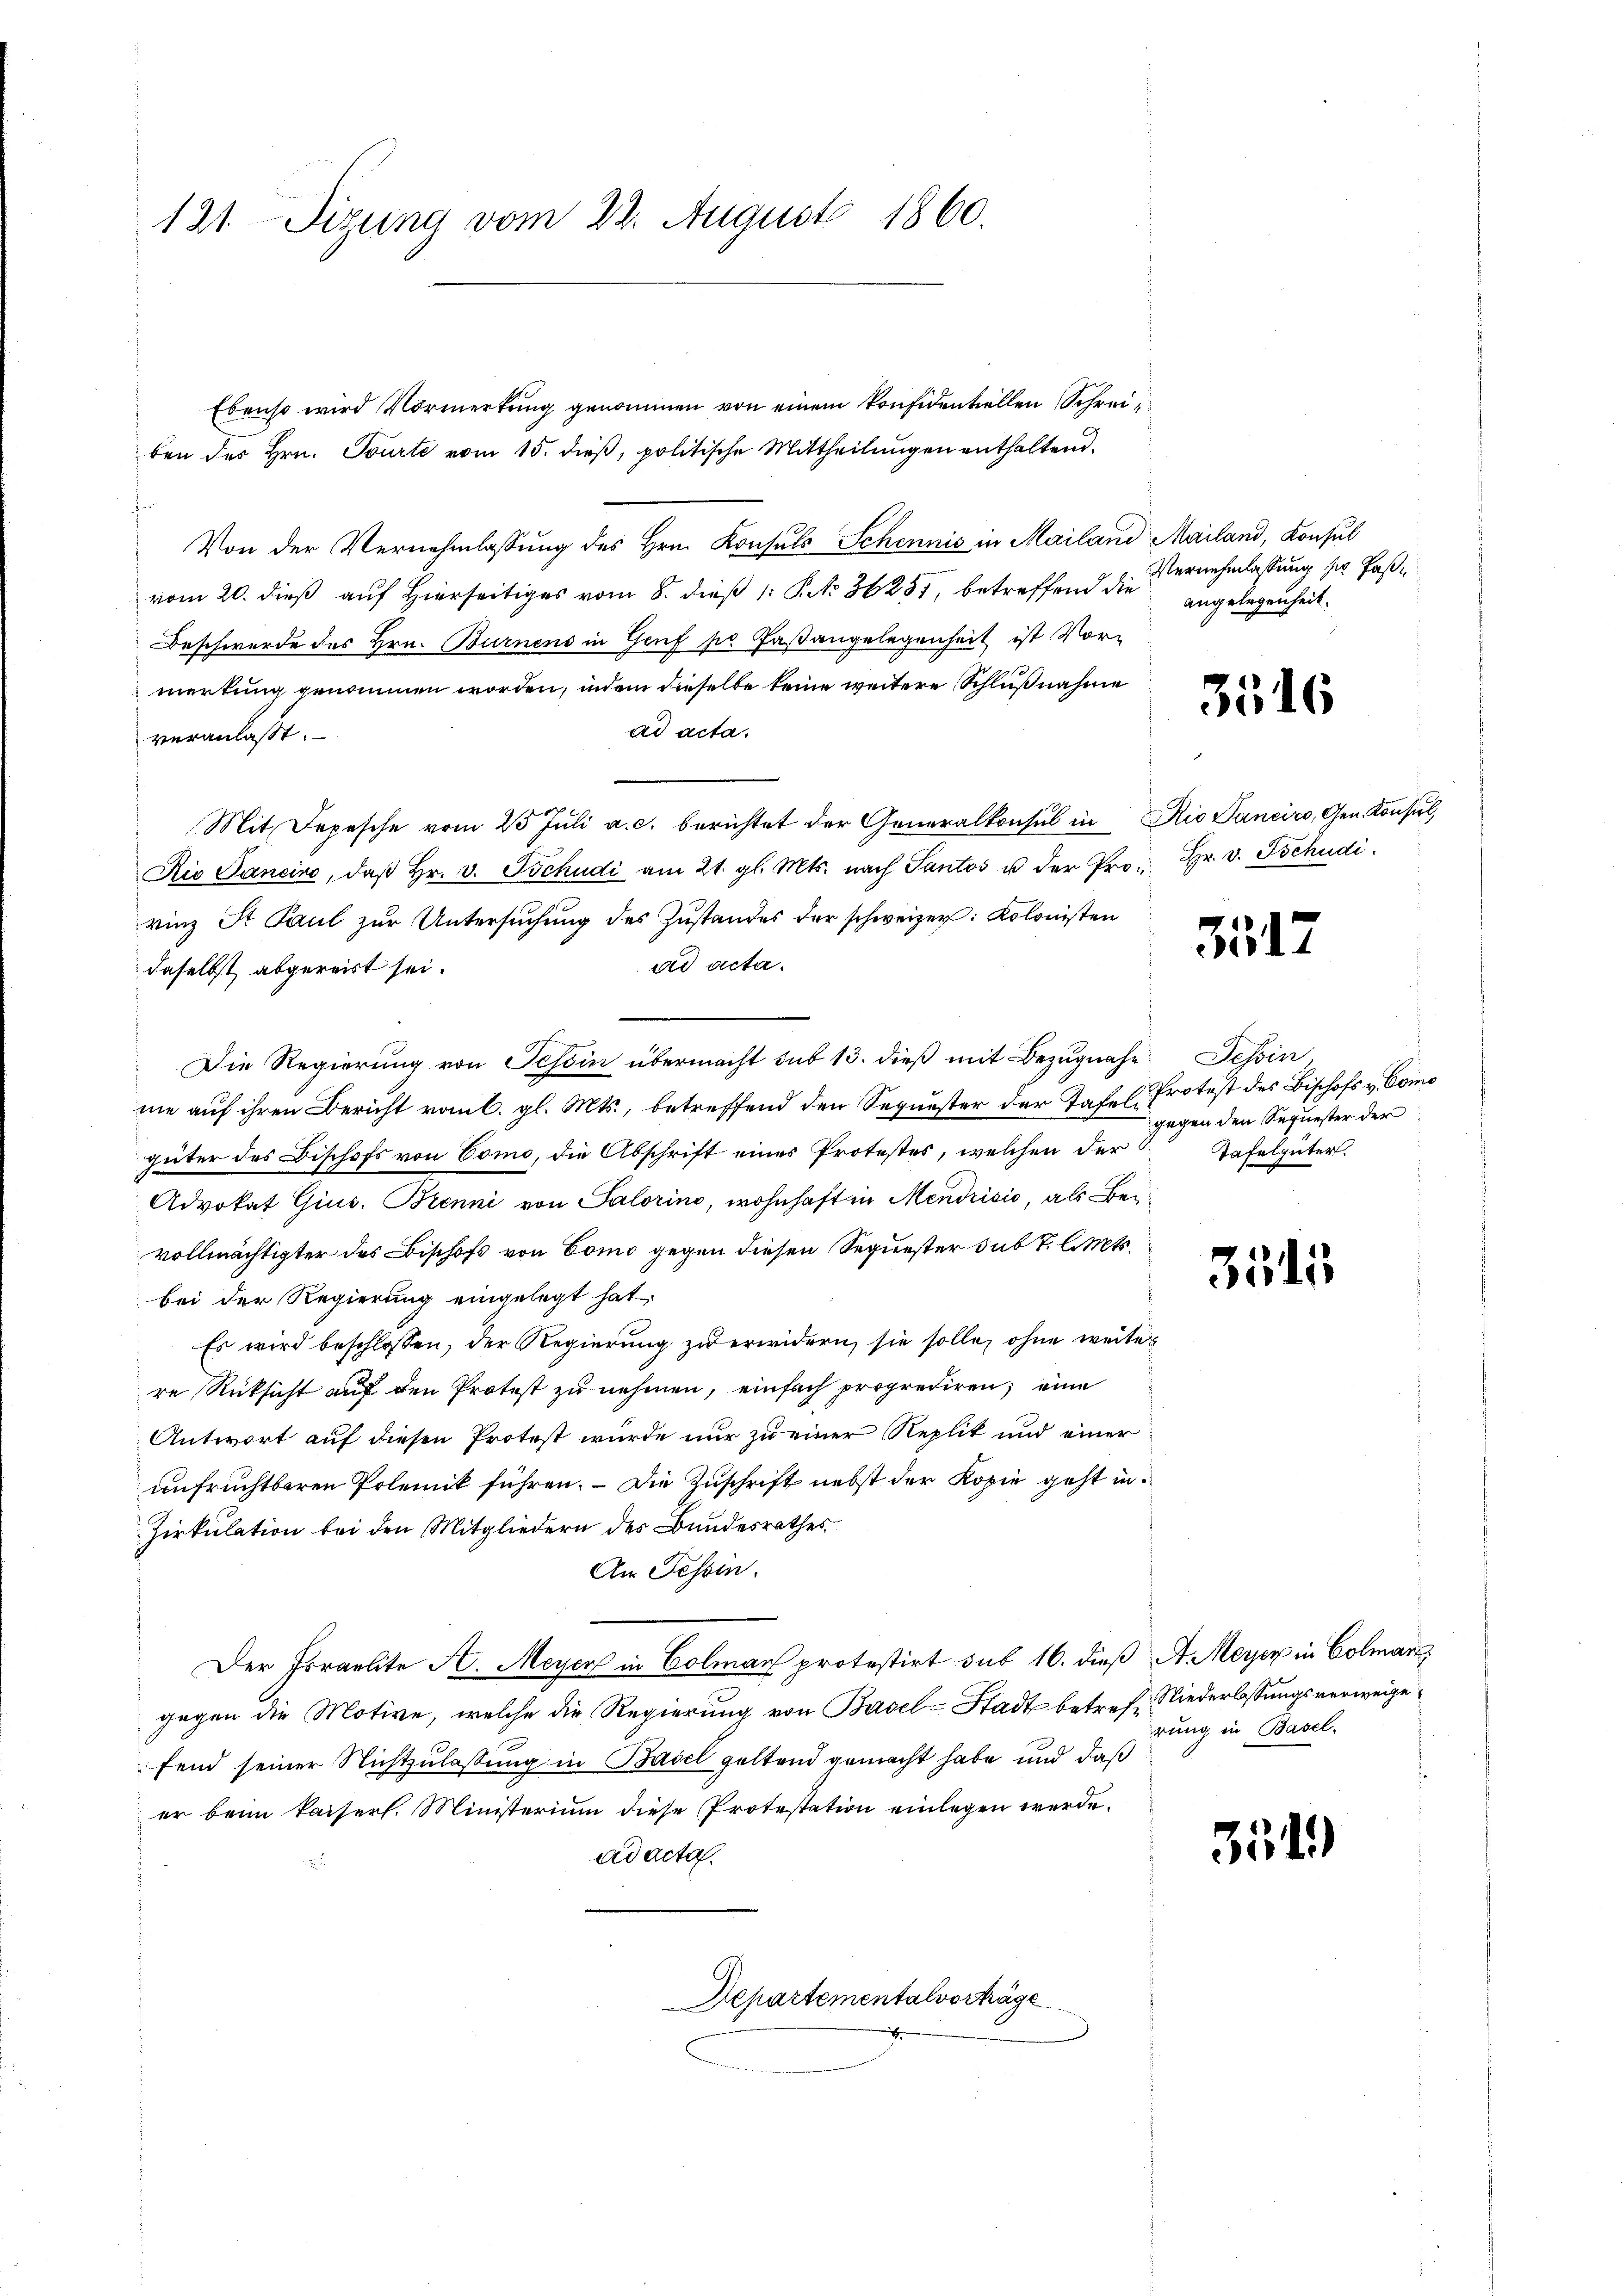
121. Sizung vom 22. August 1860.

Ebenso wird Vormerkung genommen von einem konfidentiellen Schreiben des Hrn. Tourte vom 15. dieß, politische Mittheilungen enthaltend.
Von der Vernehmlassung des Hrn. Konsuls Schennis in Mailand Mailand, Konsul
vom 20. dieß auf Hierseitiges vom 8. dieß 1: P. No. 36281, betreffend die angelegenheit.
Beschwerde des Hrn. Burnens in Genf pr. Faßangelegenheit ist Vor-
merkung genommen worden, indem dieselbe keine weitere Schlußnahme
ad acta.
veranlasst.
Mit Depesche vom 25. Jŭli a. c. berichtet der Generalkonsul in Rio Sanciro, Gen. Konsul,
Rio Sancire, daβ hr. v. Tschudi am 21. gl. Mts. nach Pantos u der Pro- Hr. v. Tschudirinz St Paul zur Untersuchung des Zustandes der schweizer: Kolonisten
ad acta.
daselbst abgereist sei.
Die Regierung von Tessin übermacht sub 13. dieβ mit Bezŭgnahe Tessin,
me auf ihren Bericht vom 6. gl. Mts., betreffend den Sequester der Tafel, Protest des Bischofs v. Como
güter des Dischofs von Como, die Abschrift eines Protestes, welchen der
Advokat Gius. Brenni von Salorino, wohnhaft in Mendrisio, als Bevollmächtigter des Bischofs von Como gegen diesen Sequester sub t. l. Mts.
bei der Regierung eingelegt hat
Es wird beschlossen, der Regierung zu erwidern, sie solle, ohne weitere Rüksicht auf den Protest zu nehmen, einfach proprediren; eine
Antwort auf diesen Protest wurde nur zu einer Replik und einer
anfruchtbaren Polemik führen. – Die Zuschrift nebst der Kopie geht in¬
Zirkulation bei den Mitgliedern des Bundesrathes
An Tessin.
Der Israelite A. Meyer in Colman protestirt sub 16. dieß A. Meyer in Colmann
gegen die Motive, welche die Regierung von Basel-Stadt betref Niederlassungsverweigefend seiner Nichtzulassung in Basel geltend gemacht habe und daß
er beim Kaiserl. Ministerium diese Protestation einlegen werde.
ad acta.
Departementalvorträge

Vernehmlassung sie Paß¬

3516

3517

gegen den Sequester der
Tafelgüter.

3515

irung in Basel.

351)